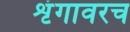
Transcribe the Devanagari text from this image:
शृंगावरच